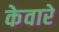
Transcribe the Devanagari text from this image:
केवारे